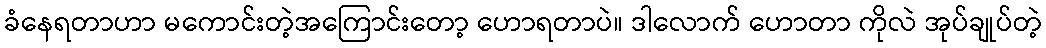
ခံနေရတာဟာ မကောင်းတဲ့အကြောင်းတော့ ဟောရတာပဲ။ ဒါလောက် ဟောတာ ကိုလဲ အုပ်ချုပ်တဲ့